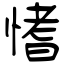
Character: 愭